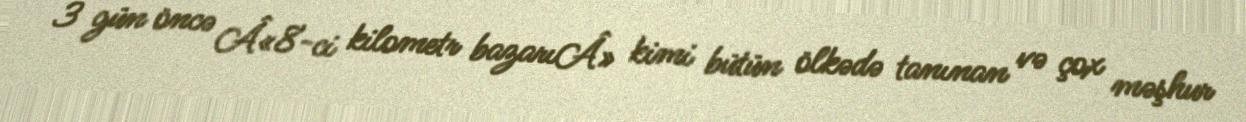
3 gün öncə Â«8-ci kilometr bazarıÂ» kimi bütün ölkədə tanınan və çox məşhur